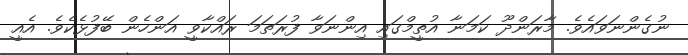
ނުގެންނަވައެވެ. މާރަންދޫ ކަމަނާ އުތީމްގައި އިންނަވާ ފުރަތަމަ ރައްކާވީ އަންހެން ބޭފުޅެކެވެ. އެއީ